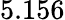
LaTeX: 5.156